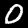
Label: 0